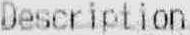
DESCRIPTION